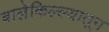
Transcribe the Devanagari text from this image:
बालेकिल्ल्यातून